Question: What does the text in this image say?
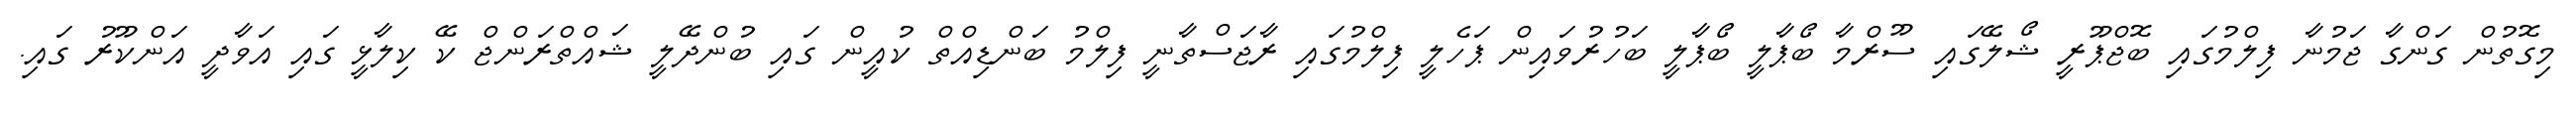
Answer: މިގޮތުން ގަންގާ ޖަމުނާ ފިލްމުގައި ބޮޖްޕޫރީ ޝޯލޭގައި ސޫރްމާ ބޯޕާލީ ބޯޕާލީ ބަހުރުވައިން ޕަހެލީ ފިލްމުގައި ރާޖަސްތާނީ ފިލްމު ބަންޑިއްތް ކުއީން ގައި ބުންދޭލީ ޝައްތްރަންޖް ކޭ ކިލާޅީ ގައި އަވާދީ އަންކޫރު ގައި.